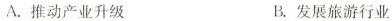
A.推动产业升级 B.发展旅游行业